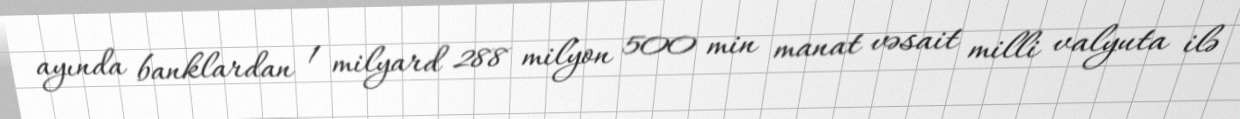
ayında banklardan 1 milyard 288 milyon 500 min manat vəsait milli valyuta ilə